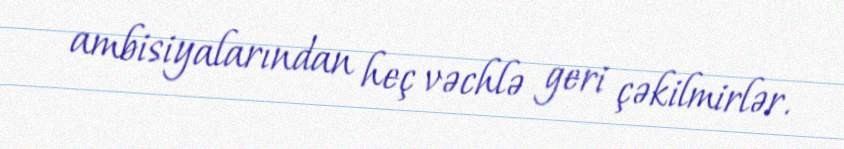
ambisiyalarından heç vəchlə geri çəkilmirlər.